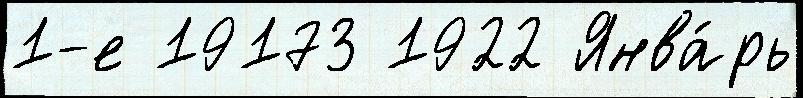
1-е 19173 1922 Янва́рь